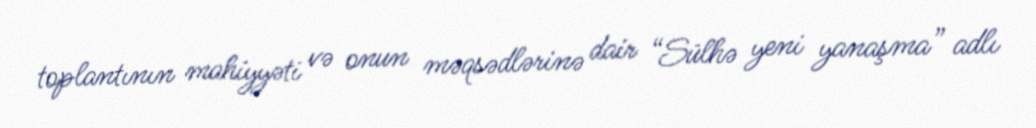
toplantının mahiyyəti və onun məqsədlərinə dair “Sülhə yeni yanaşma” adlı